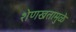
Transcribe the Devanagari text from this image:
शेणखतामुळे